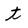
Character: t